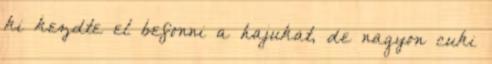
ki kezdte el befonni a hajukat, de nagyon cuki